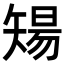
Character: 𥏫